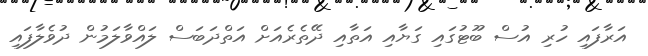
އަރާފައި ހުރި އުސް ބޫޓުގައި ގަޔާއި އަތާއި ދޭތެރެއަށް އަތްދަބަސް ލައްވާލަމުން ދުވެލާފައި